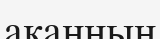
ақанның